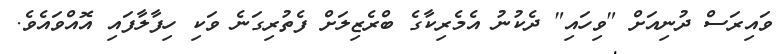
ވައިރަސް ދުނިއަށް "ވިހައި" ދެކުނު އެމެރިކާގެ ބްރެޒިލަށް ފެތުރިގަނެ ވަކި ހިފާލާފައި އޮއްވައެވެ.